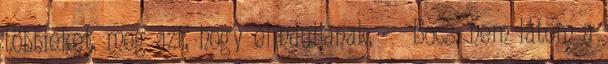
többieket, meg azt, hogy elinduljanak. Bocs, nem látom a